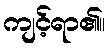
ကျင့်ရာ၏။